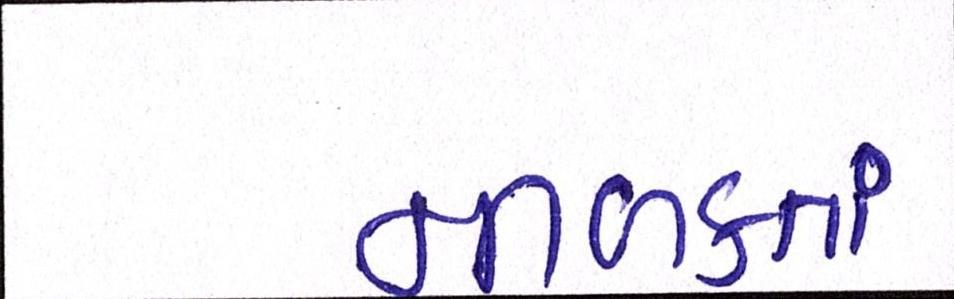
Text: નીળક્તાં